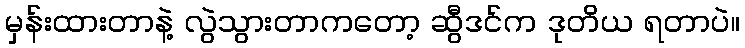
မှန်းထားတာနဲ့ လွဲသွားတာကတော့ ဆွီဒင်က ဒုတိယ ရတာပဲ။